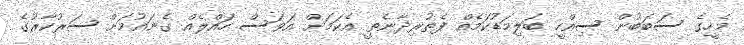
މެހީގެ ސަބަބުން ސިއްހީ ބަލިމަޑުކަމެއް ފެތުރިދާނެތީ އެކަމަށް އަވަސް ހައްލެއް ގެނައުމަށް ސަރުކާރުގެ